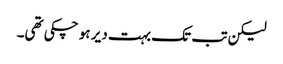
لیکن تب تک بہت دیر ہو چکی تھی۔